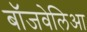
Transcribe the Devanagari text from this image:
बॉजवेलिआ